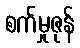
စက်မှုဇုန်